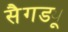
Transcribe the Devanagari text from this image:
सैगड्यू